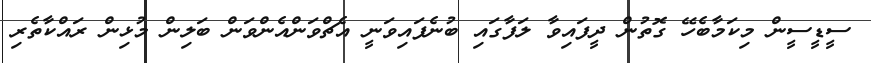
ސީޑީސީން މިކަމާބެހޭ ގޮތުން ދީފައިވާ ލަފާގައި ބުނެފައިވަނީ އެޗްވަންއެންވަން ބަލިން މުޅިން ރައްކާތެރި